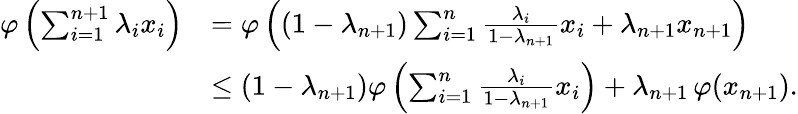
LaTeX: {\begin{array}{rl}{\varphi\left(\sum_{i=1}^{n+1}\lambda_{i}x_{i}\right)}&{=\varphi\left((1-\lambda_{n+1})\sum_{i=1}^{n}{\frac{\lambda_{i}}{1-\lambda_{n+1}}}x_{i}+\lambda_{n+1}x_{n+1}\right)}\\ &{\leq(1-\lambda_{n+1})\varphi\left(\sum_{i=1}^{n}{\frac{\lambda_{i}}{1-\lambda_{n+1}}}x_{i}\right)+\lambda_{n+1}\, \varphi(x_{n+1}).}\end{array}}